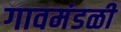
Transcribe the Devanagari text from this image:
गावमंडळी